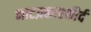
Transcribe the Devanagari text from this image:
नाटय़कारकीर्द